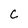
Character: c